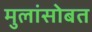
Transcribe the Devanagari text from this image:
मुलांसोबत